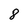
Character: 8